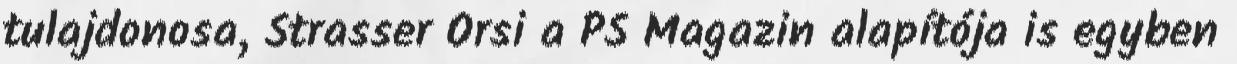
tulajdonosa, Strasser Orsi a PS Magazin alapítója is egyben